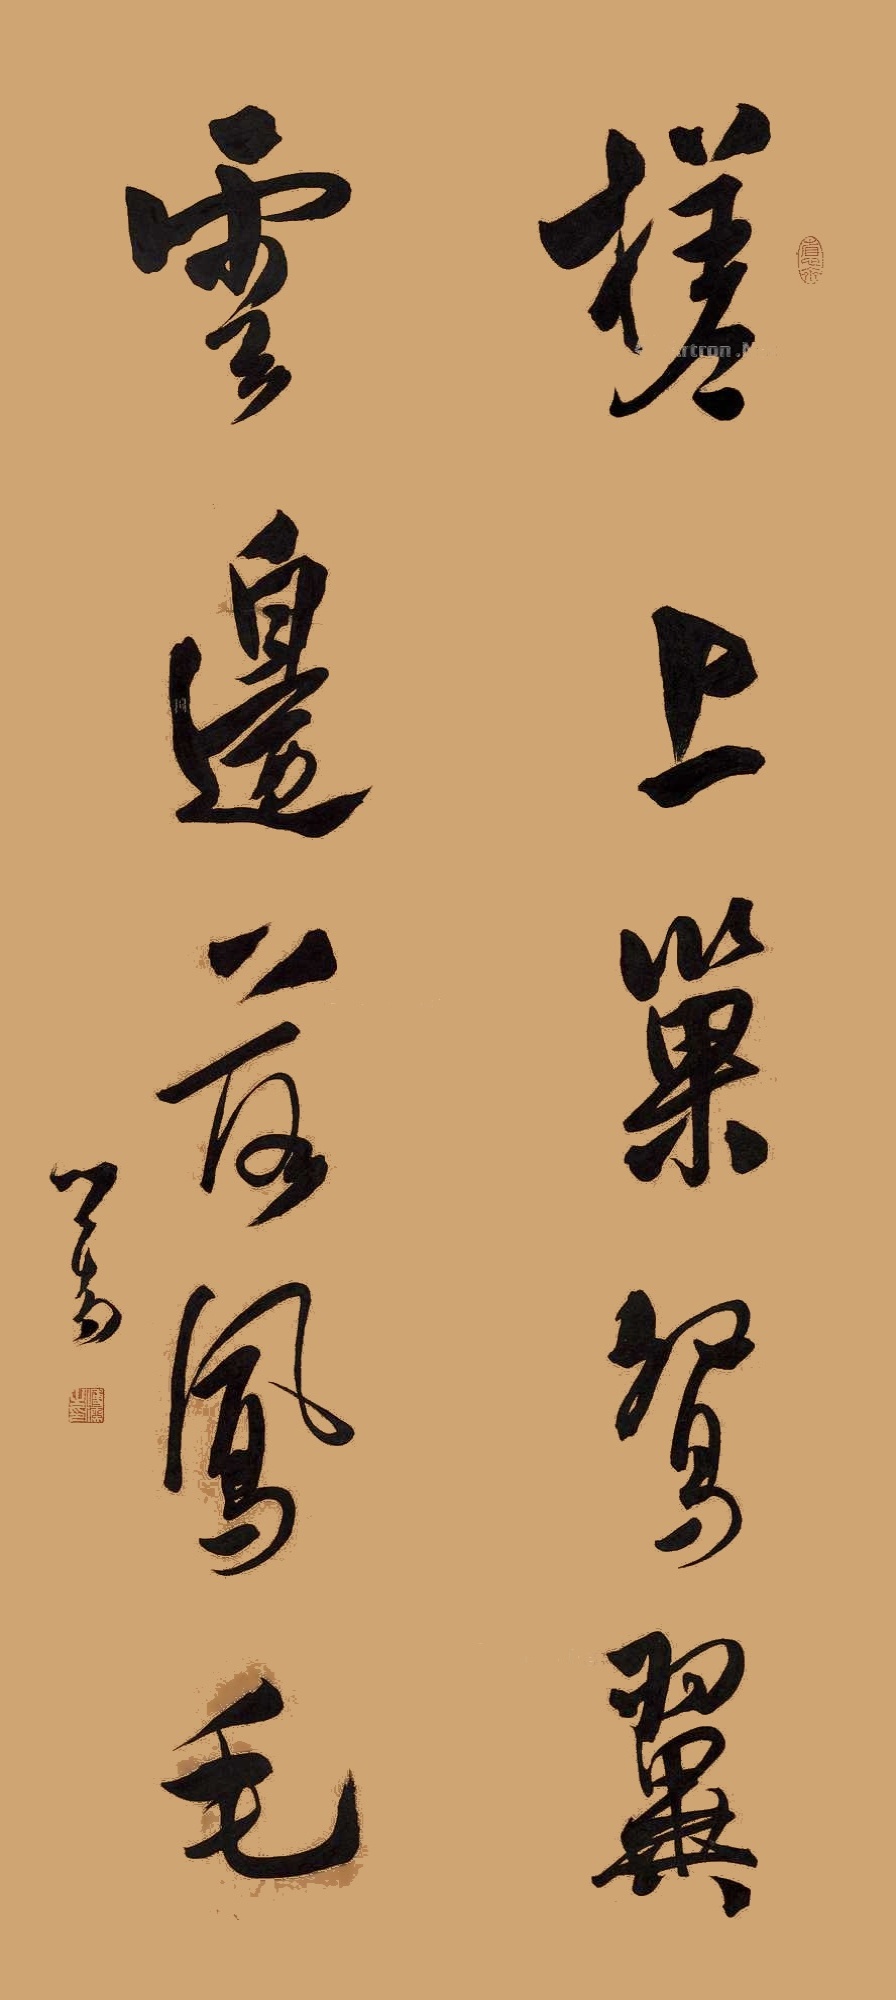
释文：槎上巢鸳翼，云边落凤毛。心畬。